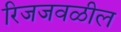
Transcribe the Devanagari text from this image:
रिजजवळील